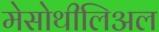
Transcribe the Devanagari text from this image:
मेसोथीलिअल